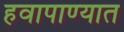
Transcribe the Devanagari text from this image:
हवापाण्यात